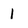
Character: 1